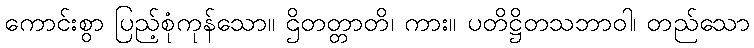
ကောင်းစွာ ပြည့်စုံကုန်သော။ ဌိတတ္တာတိ၊ ကား။ ပတိဋ္ဌိတသဘာဝါ၊ တည်သော